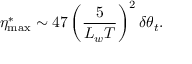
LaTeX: \eta _ { \mathrm { m a x } } ^ { * } \sim 4 7 \left( \frac { 5 } { L _ { w } T } \right) ^ { 2 } \delta \theta _ { t } .